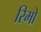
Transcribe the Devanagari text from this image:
रिमों